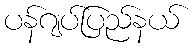
ပန်ဂျပ်ပြည်နယ်